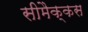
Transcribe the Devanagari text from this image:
सीमैक्कस